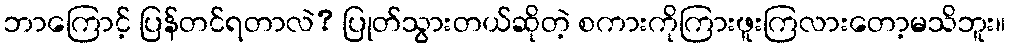
ဘာကြောင့် ပြန်တင်ရတာလဲ? ပြုတ်သွားတယ်ဆိုတဲ့ စကားကိုကြားဖူးကြလားတော့မသိဘူး။